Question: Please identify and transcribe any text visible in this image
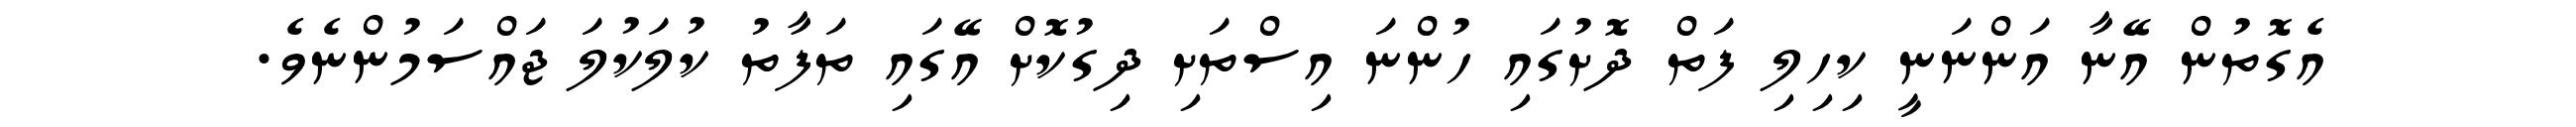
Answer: އެގޮތުން އޭނާ އަންނަނީ ކިހިލި ފަތް ދޮށުގައި ހުންނަ އިސްތަށި ދިގުކޮށް އޭގައި ތަފާތު ކުލަކުލަ ޖައްސަމުންނެވެ.